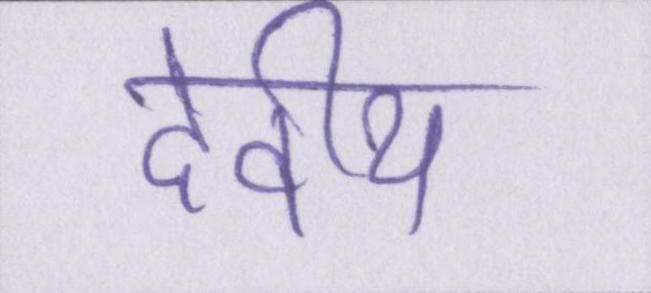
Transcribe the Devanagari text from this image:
देवीय